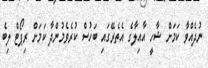
ނުދެއްވާ ކަމަށް ޝާހީ އާއިލާގެ އެތެރޭގައި ބަހުސް ކުރެވެމުންދާ ކަމަށް ރިޕޯޓް ލިބެ